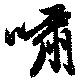
嘯